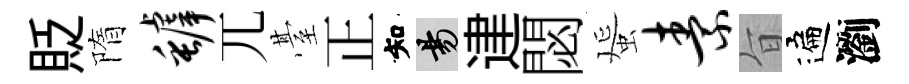
貶隋罅兀䑓正知昜䢖閟蜑素旨遍瀏